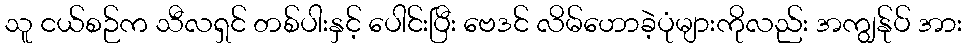
သူ ငယ်စဉ်က သီလရှင် တစ်ပါးနှင့် ပေါင်းပြီး ဗေဒင် လိမ်ဟောခဲ့ပုံများကိုလည်း အကျွန်ုပ် အား